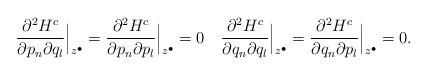
LaTeX: \begin{align*}\frac{\partial^2 H^c}{\partial p_n\partial q_l}\Big|_{z^\bullet}=\frac{\partial^2 H^c}{\partial p_n\partial p_l}\Big|_{z^\bullet}=0\quad\frac{\partial^2 H^c}{\partial q_n\partial q_l}\Big|_{z^\bullet}=\frac{\partial^2 H^c}{\partial q_n\partial p_l}\Big|_{z^\bullet}=0.\end{align*}